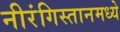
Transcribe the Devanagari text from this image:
नीरंगिस्तानमध्ये